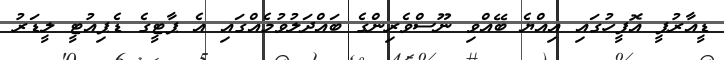
ޑީއާރުޕީ އޮފީހުގައި އިއްޔެ ބޭއްވި ނޫސްވެރިންގެ ބައްދަލުވުމެއްގައި އެ ޕާޓީގެ ޑެޕިއުޓީ ލީޑަރު